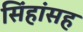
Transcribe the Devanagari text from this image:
सिंहांसह